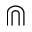
\Cap